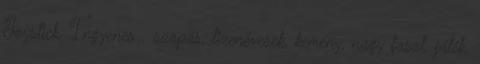
Joystick, Ingyenes . szopás, tizenévesek, kemény, nagy faszt, játék,